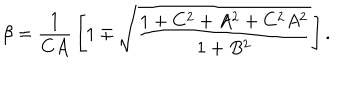
\beta = { \frac { 1 } { C A } } \left[ 1 \mp \sqrt { \frac { 1 + C ^ { 2 } + A ^ { 2 } + C ^ { 2 } A ^ { 2 } } { 1 + B ^ { 2 } } } \right] .